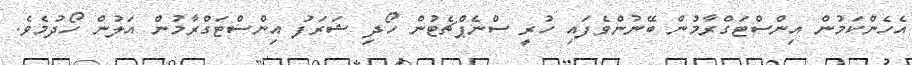
އެހެންކަމުން އިންސްޓަގްރާމުން ބޭނުންވެފައި ހުރީ ސްނެޕްޗެޓުން ހޯދި ޝަރަފު އިންސްޓަގްރާމުން އަލުން ހޯދުމެވެ.